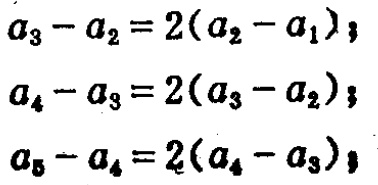
\[
\begin{align*}
a_{3}-a_{2}&=2(a_{2}-a_{1})\\
a_{4}-a_{3}&=2(a_{3}-a_{2})\\
a_{5}-a_{4}&=2(a_{4}-a_{3})
\end{align*}
\]